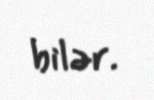
bilər.